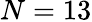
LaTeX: N=13